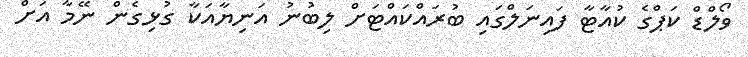
ވޯލްޑް ކަޕްގެ ކުއާޓާ ފައިނަލްގައި ބުރައްކައްޓަށް ލިބުނު އަނިޔާއަކާ ގުޅިގެން ނޭމާ އަށް